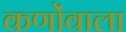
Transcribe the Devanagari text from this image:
कणोंवाला